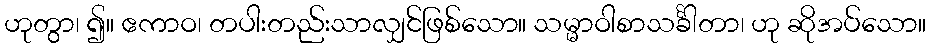
ဟုတွာ၊ ၍။ ဧကာဝ၊ တပါးတည်းသာလျှင်ဖြစ်သော။ သမ္မာဝါစာသင်္ခါတာ၊ ဟု ဆိုအပ်သော။